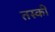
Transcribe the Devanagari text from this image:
तस्कीं